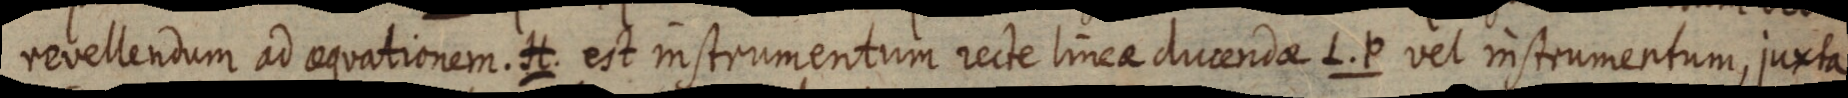
revellendum ad aequationem. H. est instrumentum recte linea ducendae L. P vel instrumentum, juxta